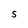
Character: S